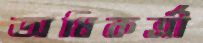
অধিকর্ত্রী